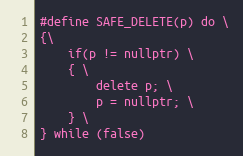
Language: C
#define SAFE_DELETE(p) do \
{\
    if(p != nullptr) \
    { \
        delete p; \
        p = nullptr; \
    } \
} while (false)